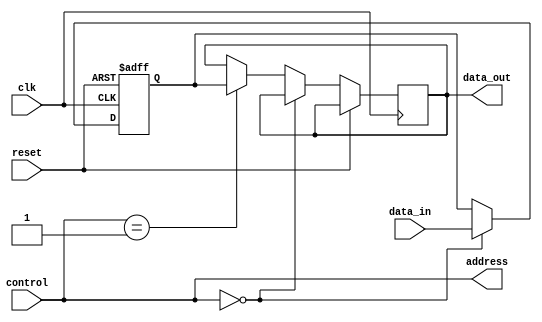
module dual_port_register (
    input wire clk,
    input wire reset,
    input wire [7:0] data_in,
    output reg [7:0] data_out,
    input wire [1:0] control,
    output reg [1:0] address
);

reg [7:0] reg_data;

always @(posedge clk or posedge reset) begin
    if (reset) begin
        reg_data <= 8'b0;
    end else begin
        if (control == 2'b00) begin // Write operation
            reg_data <= data_in;
        end else if (control == 2'b01) begin // Read operation
            data_out <= reg_data;
        end
    end
end

assign address = control;

endmodule